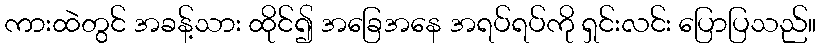
ကားထဲတွင် အခန့်သား ထိုင်၍ အခြေအနေ အရပ်ရပ်ကို ရှင်းလင်း ပြောပြသည်။